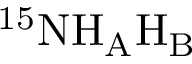
\mathrm { ^ { 1 5 } N H _ { A } H _ { B } }